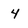
Character: 4